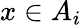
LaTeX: x\in A_{i}